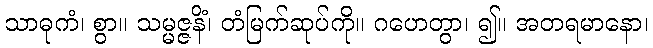
သာဓုကံ၊ စွာ။ သမ္မဇ္ဇနိံ၊ တံမြက်ဆုပ်ကို။ ဂဟေတွာ၊ ၍။ အတရမာနော၊